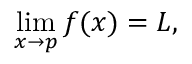
\operatorname* { l i m } _ { x \to p } f ( x ) = L ,